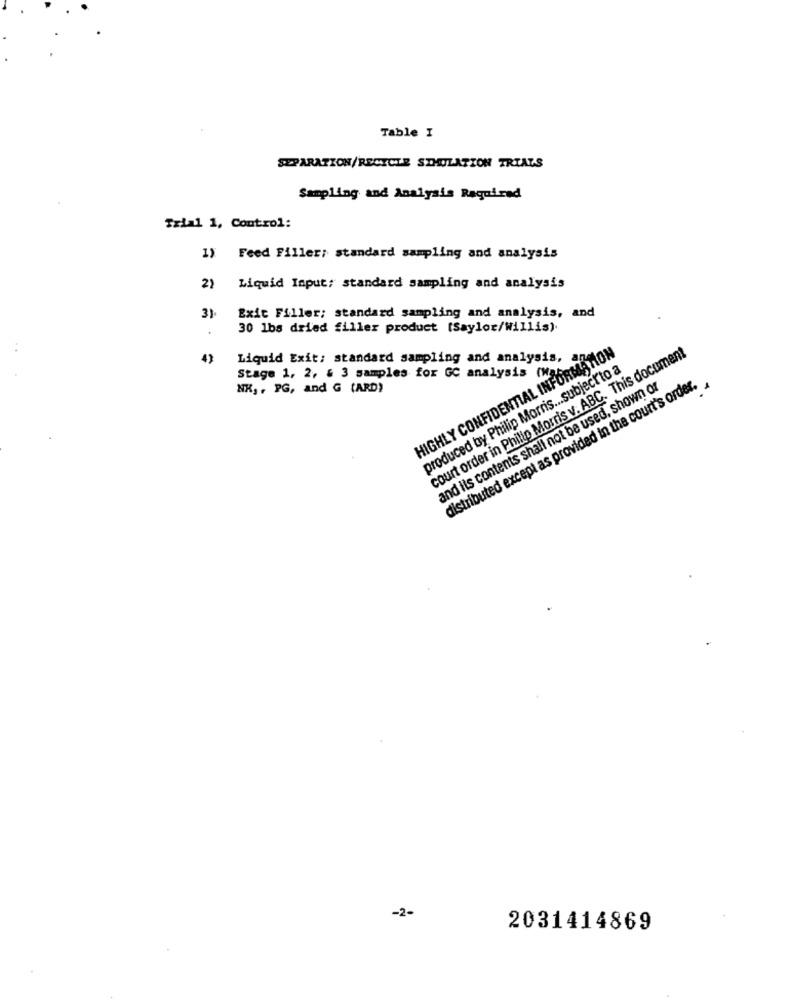
Table I
SEPARATION/RECYCLE SIMULATION TRIALS
Sampling and Analysis Required
Trial 1, Control:
1) Feed Filler; standard sampling and analysis
2) Liquid Input: standard sampling and analysis
Exit Filler; standard sampling and analysis, and
3).
30 1bs dried filler product (Saylor/Willis).
HIGHLY CONFIDENTIAL INFORMATION
court order in Philip Morris v. ABC. This document
4)
Liquid Exit: standard sampling and analysis,
Stage 1, 2, & 3 samples for GC analysis
produced by Philip Morris ... subjectto a
distributed except as provided in the court's order.
NK, , PG, and G (ARD)
and its contents shall not be used, shown on
ByPilip
-2-
2031414869